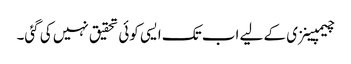
چیمپینزی کے لیے اب تک ایسی کوئی تحقیق نہیں کی گئی۔